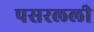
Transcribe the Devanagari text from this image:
पसरलली